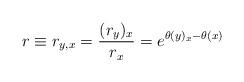
LaTeX: \begin{align*} r\equiv r_{y,x}=\frac{(r_{y})_{x}}{r_{x}}=e^{\theta(y)_{x}-\theta(x)}\end{align*}